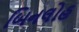
બિનલોહ